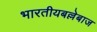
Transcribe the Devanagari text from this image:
भारतीयबल्लेबाज